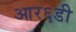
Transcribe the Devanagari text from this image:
आर६डी